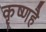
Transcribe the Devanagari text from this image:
कृष्णहै